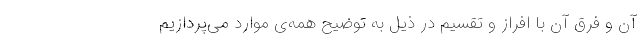
آن و فرق آن با افراز و تقسیم در ذیل به توضیح همه‌ی موارد می‌پردازیم